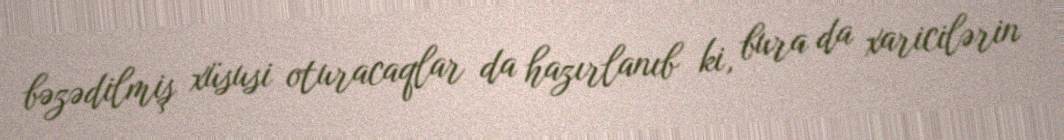
bəzədilmiş xüsusi oturacaqlar da hazırlanıb ki, bura da xaricilərin